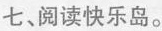
七，阅读快乐岛。